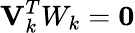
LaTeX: \mathbf{V}_{k}^{T}W_{k}=\mathbf{0}